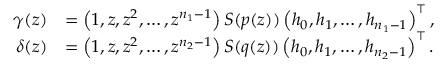
\begin{array} { r l } { \gamma ( z ) } & { = \left( 1 , z , z ^ { 2 } , \ldots , z ^ { n _ { 1 } - 1 } \right) S ( p ( z ) ) \left( h _ { 0 } , h _ { 1 } , \ldots , h _ { n _ { 1 } - 1 } \right) ^ { \top } , } \\ { \delta ( z ) } & { = \left( 1 , z , z ^ { 2 } , \ldots , z ^ { n _ { 2 } - 1 } \right) S ( q ( z ) ) \left( h _ { 0 } , h _ { 1 } , \ldots , h _ { n _ { 2 } - 1 } \right) ^ { \top } . } \end{array}